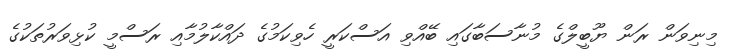
މިނިވަން ރަން ޔޫބީލްގެ މުނާސަބާގައި ބޭއްވި އަސްކަރީ ހެވިކަމުގެ ދައްކާލުމާއި ރަސްމީ ކުޅިވަރުތަކުގެ